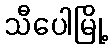
သီပေါမြို့